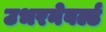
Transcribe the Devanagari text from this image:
उभरनेवर्ल्ड